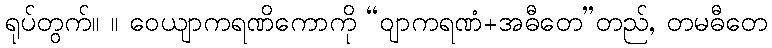
ရုပ်တွက်။ ။ ဝေယျာကရဏိကောကို “ဝျာကရဏံ+အဓီတေ”တည်, တမဓီတေ